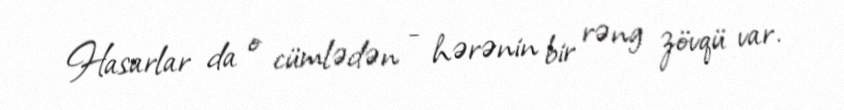
Hasarlar da o cümlədən - hərənin bir rəng zövqü var.